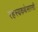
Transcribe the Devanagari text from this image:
रहस्यकथेसारखी